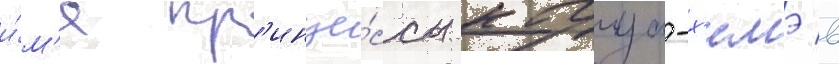
и́м'я пр'инце́ссы кагуа-х'имэ в